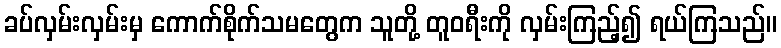
ခပ်လှမ်းလှမ်းမှ ကောက်စိုက်သမတွေက သူတို့ တူဝရီးကို လှမ်းကြည့်၍ ရယ်ကြသည်။